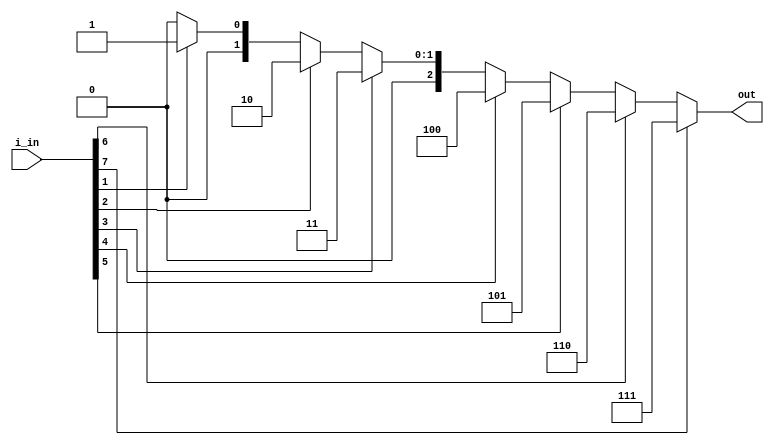
module sharmi_pe(input [7:0] i_in, output reg [2:0] out);

always@(*)

begin
if(i_in[7])
	out=3'b111;
else if(i_in[6])
	out=3'b110;
else if(i_in[5])
	out=3'b101;
else if(i_in[4])
	out=3'b100;
else if(i_in[3])
	out=3'b011;
else if(i_in[2])
	out=3'b010;
else if(i_in[1])
	out=3'b001;
else if(i_in[0])
	out=3'b000;
else 
 out = 3'b000;
end

endmodule